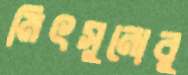
মিৎসুনোবু